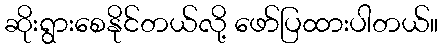
ဆိုးရွားစေနိုင်တယ်လို့ ဖော်ပြထားပါတယ်။